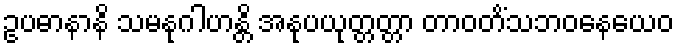
ဥပဓာနာနိ သမနုဂါဟန္တိ အနုပယုတ္တတ္တာ တာဝတိံသဘဝနေယေဝ